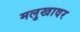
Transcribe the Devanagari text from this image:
मलुखावर